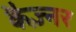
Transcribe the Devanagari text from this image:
कैज़्नर